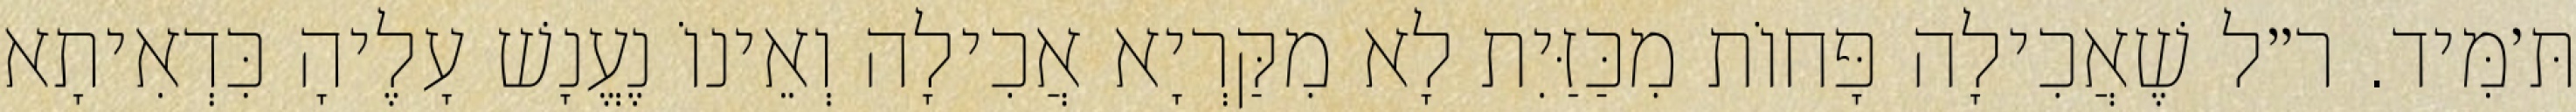
תּ׳מִּיד. ר״ל שֶׁאֲכִילָה פָּחוֹת מִכַּזַּיִת לָא מִקַּרְיָא אֲכִילָה וְאֵינוֹ נֶעֱנָשׁ עָלֶיהָ כִּדְאִיתָא